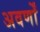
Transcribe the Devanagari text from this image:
अवर्णों